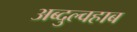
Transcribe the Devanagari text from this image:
अब्दुल्वहाब